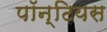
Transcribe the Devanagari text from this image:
पॉन्टियस